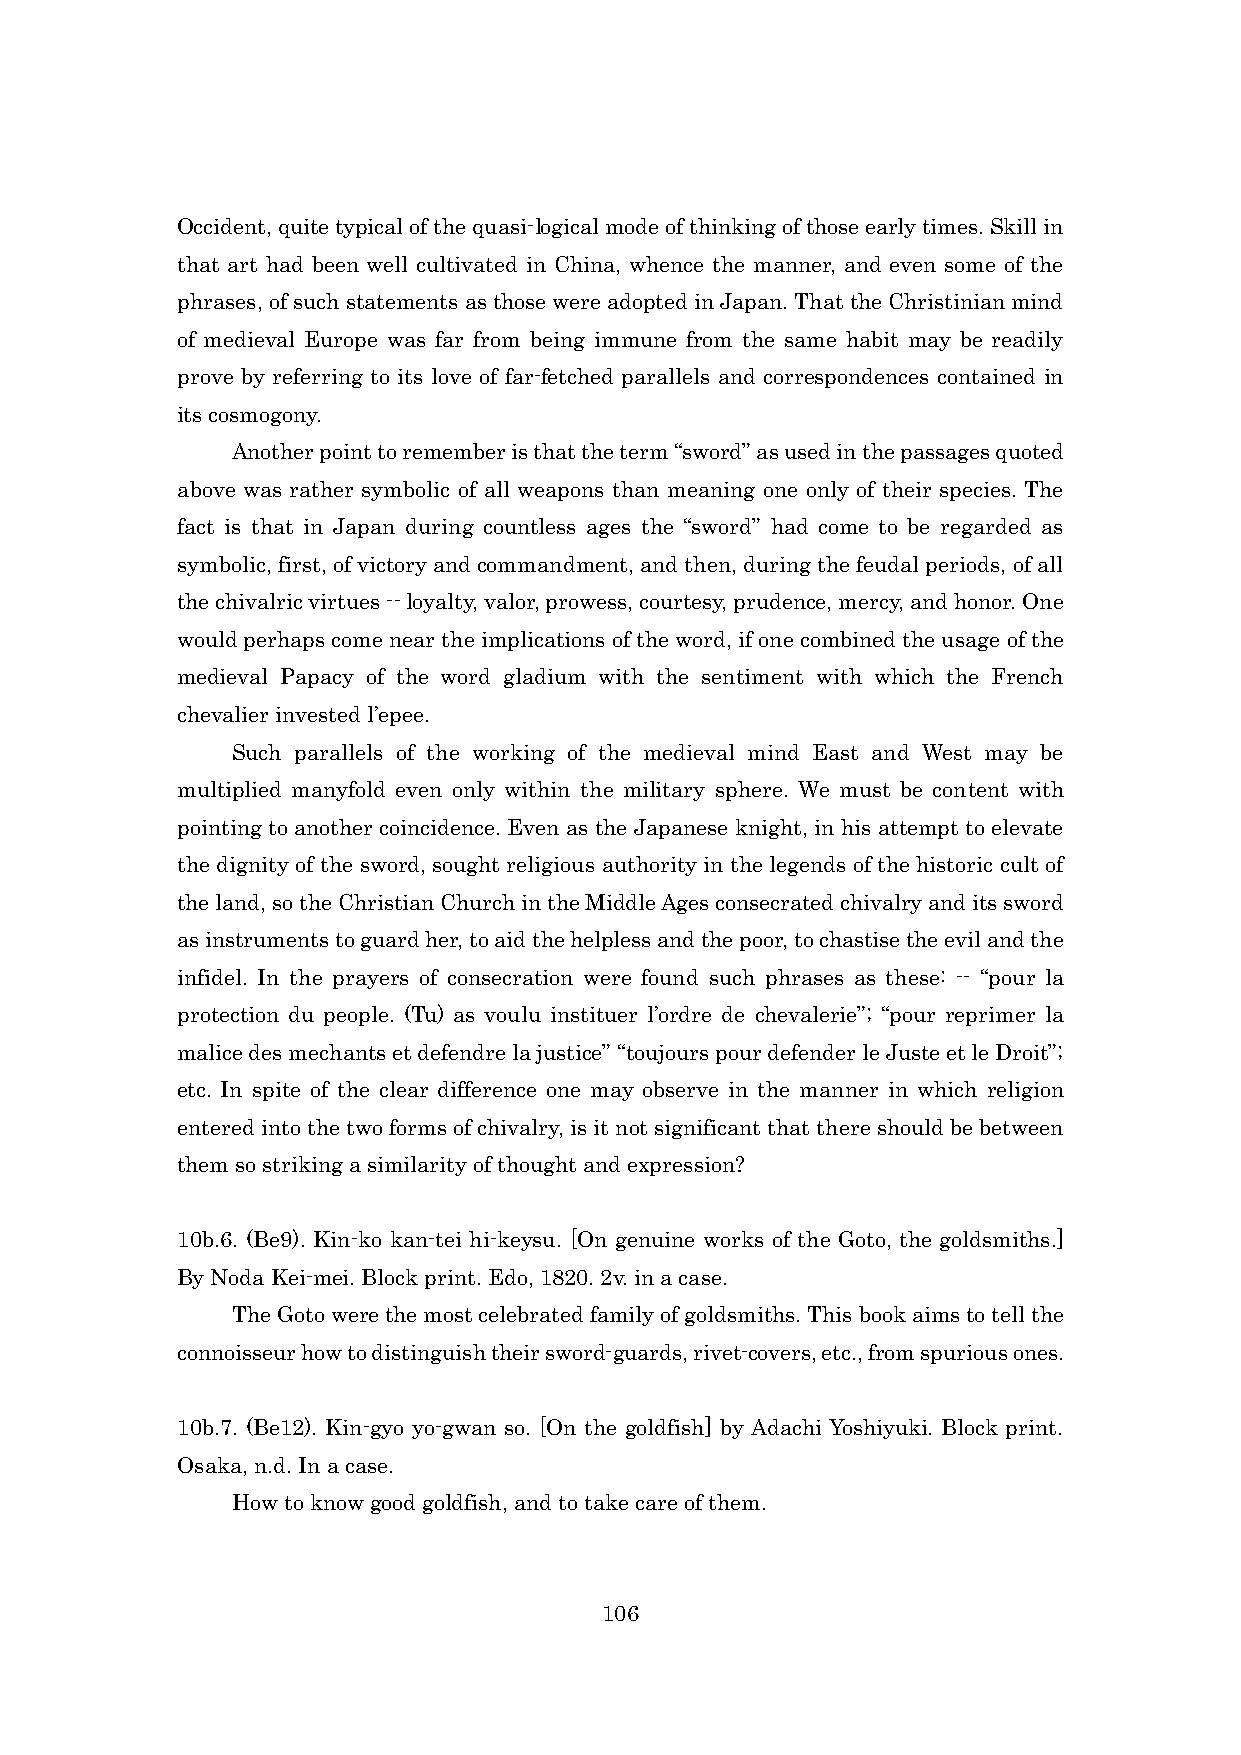
Occident, quite typical of the quasi-logical mode of thinking of those early times. Skill in
 that art had been well cultivated in China, whence the manner, and even some of the
 phrases, of such statements as those were adopted in Japan. That the Christinian mind
 of medieval Europe was far from being immune from the same habit may be readily
 prove by referring to its love of far-fetched parallels and correspondences contained in
 its cosmogony.
 Another point to remember is that the term “sword” as used in the passages quoted
 above was rather symbolic of all weapons than meaning one only of their species. The
 fact is that in Japan during countless ages the “sword” had come to be regarded as
 symbolic, first, of victory and commandment, and then, during the feudal periods, of all
 the chivalric virtues -- loyalty, valor, prowess, courtesy, prudence, mercy, and honor. One
 would perhaps come near the implications of the word, if one combined the usage of the
 medieval Papacy of the word gladium with the sentiment with which the French
 chevalier invested l’epee.
 Such parallels of the working of the medieval mind East and West may be
 multiplied manyfold even only within the military sphere. We must be content with
 pointing to another coincidence. Even as the Japanese knight, in his attempt to elevate
 the dignity of the sword, sought religious authority in the legends of the historic cult of
 the land, so the Christian Church in the Middle Ages consecrated chivalry and its sword
 as instruments to guard her, to aid the helpless and the poor, to chastise the evil and the
 infidel. In the prayers of consecration were found such phrases as these: -- “pour la
 protection du people. (Tu) as voulu instituer l’ordre de chevalerie”; “pour reprimer la
 malice des mechants et defendre la justice” “toujours pour defender le Juste et le Droit”;
 etc. In spite of the clear difference one may observe in the manner in which religion
 entered into the two forms of chivalry, is it not significant that there should be between
 them so striking a similarity of thought and expression?
 10b.6. (Be9). Kin-ko kan-tei hi-keysu. [On genuine works of the Goto, the goldsmiths.]
 By Noda Kei-mei. Block print. Edo, 1820. 2v. in a case.
 The Goto were the most celebrated family of goldsmiths. This book aims to tell the
 connoisseur how to distinguish their sword-guards, rivet-covers, etc., from spurious ones.
 10b.7. (Be12). Kin-gyo yo-gwan so. [On the goldfish] by Adachi Yoshiyuki. Block print.
 Osaka, n.d. In a case.
 How to know good goldfish, and to take care of them.
 106